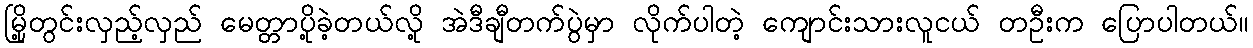
မြို့တွင်းလှည့်လှည် မေတ္တာပို့ခဲ့တယ်လို့ အဲဒီချီတက်ပွဲမှာ လိုက်ပါတဲ့ ကျောင်းသားလူငယ် တဦးက ပြောပါတယ်။